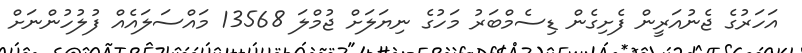
އަހަރުގެ ޖެނުއަރީން ފެށިގެން ޑިސެމްބަރު މަހުގެ ނިޔަލަށް ޖުމްލަ 13568 މައްސަލައެއް ފުލުހުންނަށް